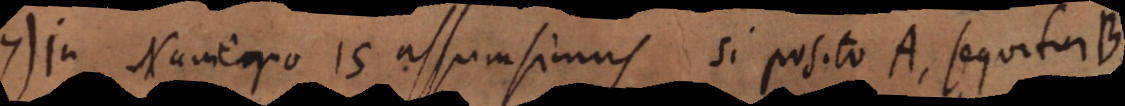
In Numero 15 assumsimus si posito A, sequitur B,